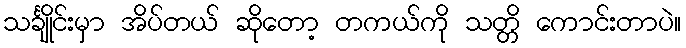
သင်္ချိုင်းမှာ အိပ်တယ် ဆိုတော့ တကယ်ကို သတ္တိ ကောင်းတာပဲ။